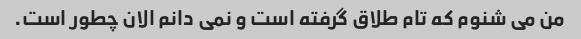
من می شنوم که تام طلاق گرفته است و نمی دانم الان چطور است.